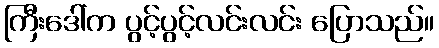
ကြီးဒေါ်က ပွင့်ပွင့်လင်းလင်း ပြောသည်။